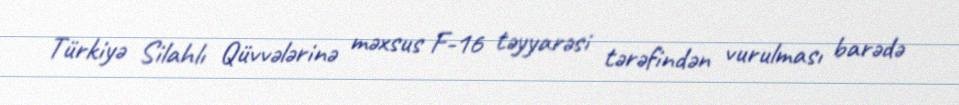
Türkiyə Silahlı Qüvvələrinə məxsus F-16 təyyarəsi tərəfindən vurulması barədə